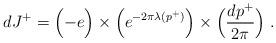
LaTeX: \begin{align*}dJ^+ = \Bigl( -e \Bigr) \times \Bigl(e^{-2\pi \lambda(p^+)} \Bigr) \times\Bigl({dp^+ \over 2\pi}\Bigr) \; . \end{align*}